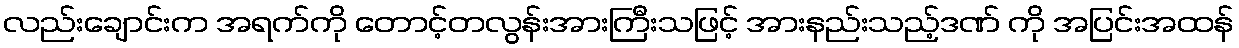
လည်းချောင်းက အရက်ကို တောင့်တလွန်းအားကြီးသဖြင့် အားနည်းသည့်ဒဏ် ကို အပြင်းအထန်